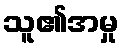
သူ၏အမှု